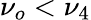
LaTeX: \nu_{o}<\nu_{4}